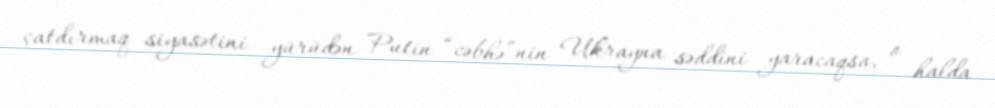
çatdırmaq siyasətini yürüdən Putin “cəbhə”nin Ukrayna səddini yaracaqsa, o halda